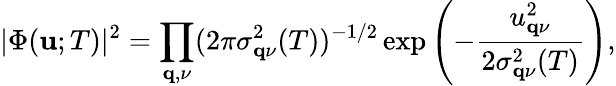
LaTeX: |\Phi(\mathbf{u};T)|^{2}=\prod_{\mathbf{q},\nu}(2\pi\sigma_{\mathbf{q}\nu}^{2}(T))^{-1/2}\exp{\left(-\frac{u_{\mathbf{q}\nu}^{2}}{2\sigma_{\mathbf{q}\nu}^{2}(T)}\right)},